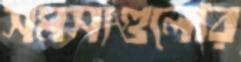
সমস্যগুলোর